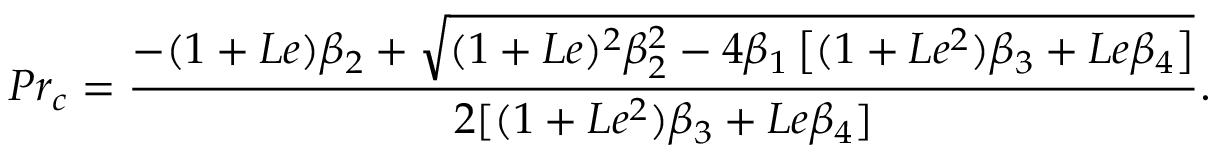
P r _ { c } = \frac { - ( 1 + L e ) \beta _ { 2 } + \sqrt { ( 1 + L e ) ^ { 2 } \beta _ { 2 } ^ { 2 } - 4 \beta _ { 1 } \left[ ( 1 + L e ^ { 2 } ) \beta _ { 3 } + L e \beta _ { 4 } \right] } } { 2 [ ( 1 + L e ^ { 2 } ) \beta _ { 3 } + L e \beta _ { 4 } ] } .